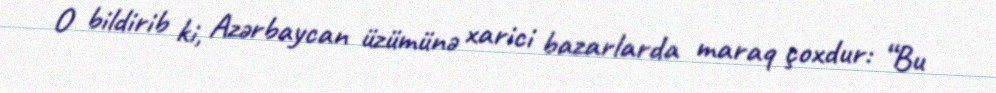
O bildirib ki, Azərbaycan üzümünə xarici bazarlarda maraq çoxdur: “Bu